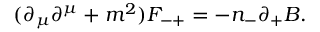
( { \partial } _ { \mu } { \partial } ^ { \mu } + m ^ { 2 } ) F _ { - + } = - n _ { - } { \partial } _ { + } B .